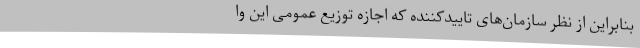
بنابراین از نظر سازمان‌های تاییدکننده که اجازه توزیع عمومی این وا